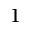
1